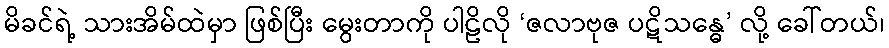
မိခင်ရဲ့ သားအိမ်ထဲမှာ ဖြစ်ပြီး မွေးတာကို ပါဠိလို ‘ဇလာဗုဇ ပဋိသန္ဓေ’ လို့ ခေါ်တယ်၊